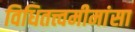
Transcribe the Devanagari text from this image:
विधितत्त्वमीमांसा